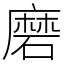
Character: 磨